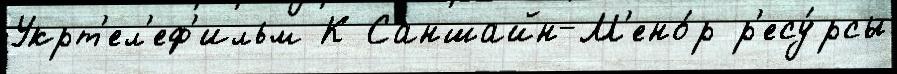
Укрт'ел'еф'ильм К Саншайн-М'ено́р р'есу́рсы